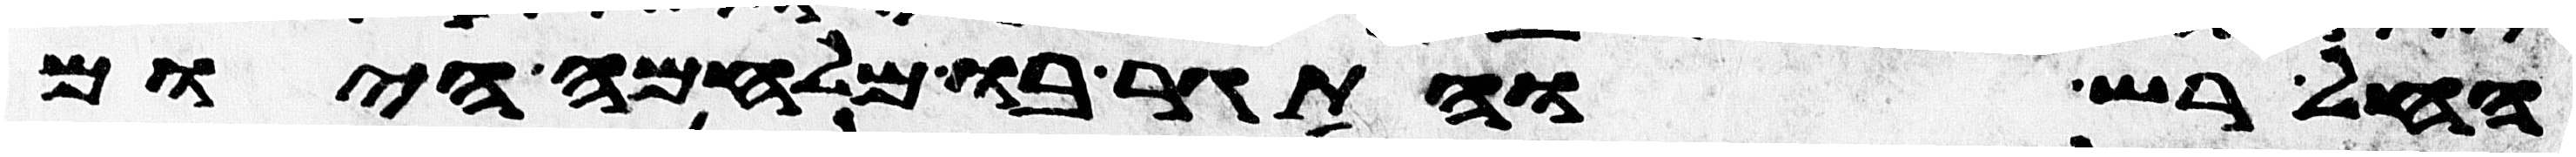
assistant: החל רש והתגר בו מלחמה היום